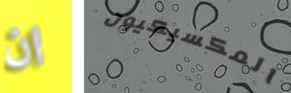
ان المكسيكيون